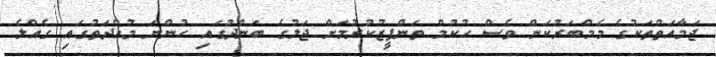
ޖަމާއަތްތަކުގެ މެމްބަރުކަން ވެސް ހުކުމް ތަންފީޒުކުރުމަށް ޖަލުގެ ބަންދުގައި ހުންނަ މުއްދަތުގައި ގެއްލެ